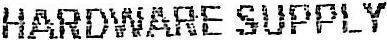
HARDWARE SUPPLY